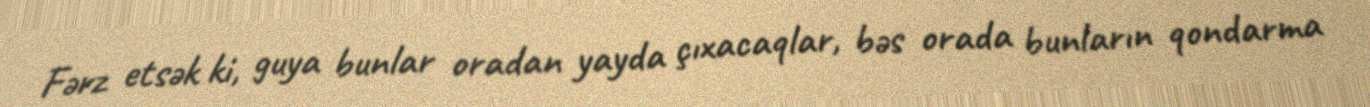
Fərz etsək ki, guya bunlar oradan yayda çıxacaqlar, bəs orada bunların qondarma